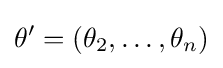
\theta '=\left(\theta _{2},\ldots ,\theta _{n}\right)